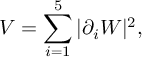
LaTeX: V = \sum _ { i = 1 } ^ { 5 } \vert \partial _ { i } W \vert ^ { 2 } ,